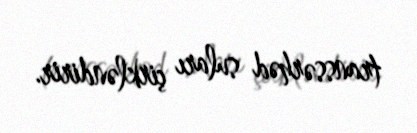
transsərhəd suları çirkləndirir.